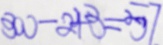
3 0 0 - 2 4 3 = 5 7